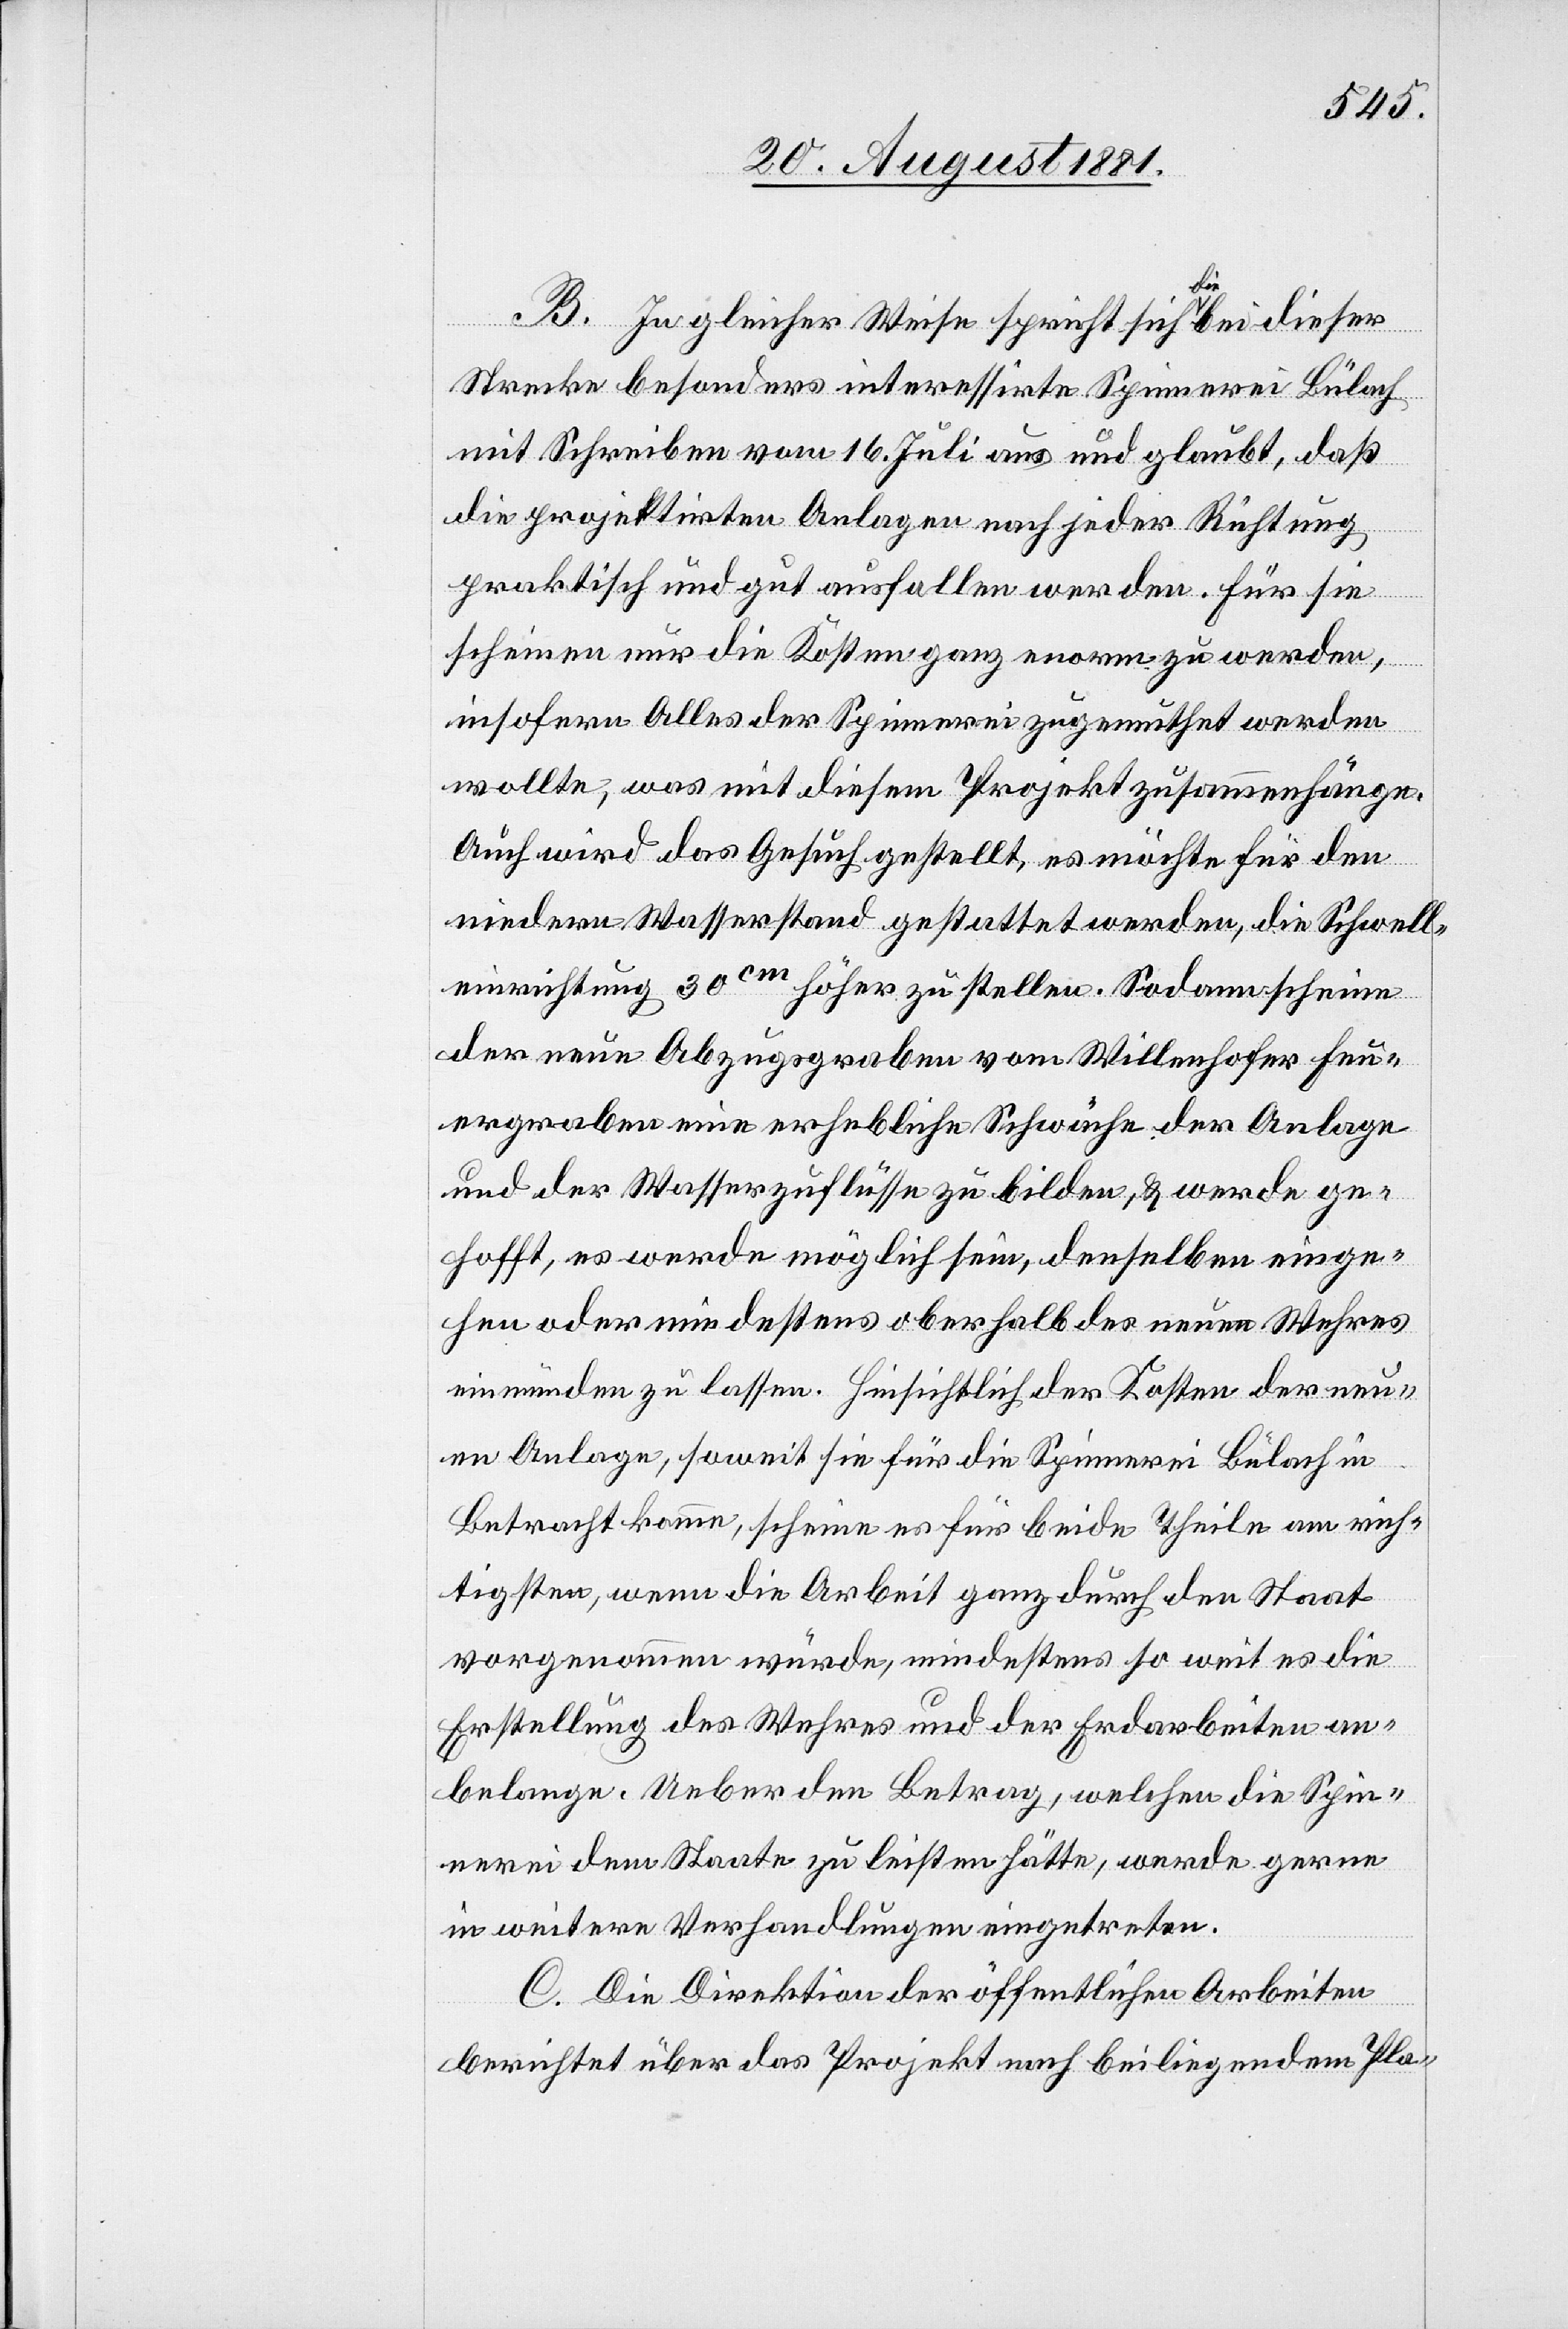
B. In gleicher Weise spricht sich die bei dieser
Strecke besonders interessirte Spinnerei Bülach
mit Schreiben vom 16. Juli aus und glaubt, daß
die projektirten Anlagen nach jeder Richtung
praktisch und gut ausfallen werden. für sie
scheinen nur die Kosten ganz enorm zu werden,
insofern Alles [sic!] der Spinnerei zugemuthet werden
wollte, was mit diesem Projekt zusammenhänge.
Auch wird das Gesuch gestellt, es möchte für den
niedern Wasserstand gestattet werden, die Schwell¬
einrichtung 30cm höher zu stellen. Sodann scheine
der neue Abzugsgraben vom Willenhofer Feu¬
ergraben eine erhebliche Schwäche der Anlage
und der Wasserzuflüsse zu bilden, & werde ge¬
hofft, es werde möglich sein, denselben einge¬
hen oder mindestens oberhalb des neuen Wehres
einmünden zu lassen. Hinsichtlich der Kosten der neu¬
en Anlage, soweit sie für die Spinnerei Bülach in
Betracht komme, scheine es für beide Theile am rich¬
tigsten, wenn die Arbeit ganz durch den Staat
vorgenommen würde, mindestens so weit es die
Erstellung des Wehres und der Erdarbeiten an¬
belange. Ueber den Betrag, welchen die Spin¬
nerei dem Staate zu leisten hätte, werde gerne
in weitere Verhandlungen eingetreten.
C. Die Direktion der öffentlichen Arbeiten
berichtet über das Projekt nach beiliegendem Pla-